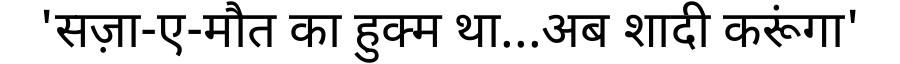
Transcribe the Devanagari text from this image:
'सज़ा-ए-मौत का हुक्म था...अब शादी करूंगा'